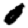
Digit: 0